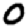
Digit: 0